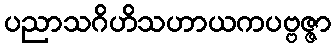
ပညာသဂိဟိသဟာယကပဗ္ဗဇ္ဇာ